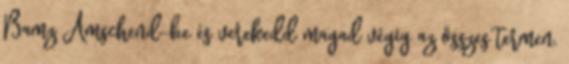
Bamz Amschend-be és verekedd magad végig az összes termen.